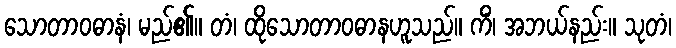
သောတာဝဓာနံ၊ မည်၏။ တံ၊ ထိုသောတာဝဓာနဟူသည်။ ကိံ၊ အဘယ်နည်း။ သုတံ၊